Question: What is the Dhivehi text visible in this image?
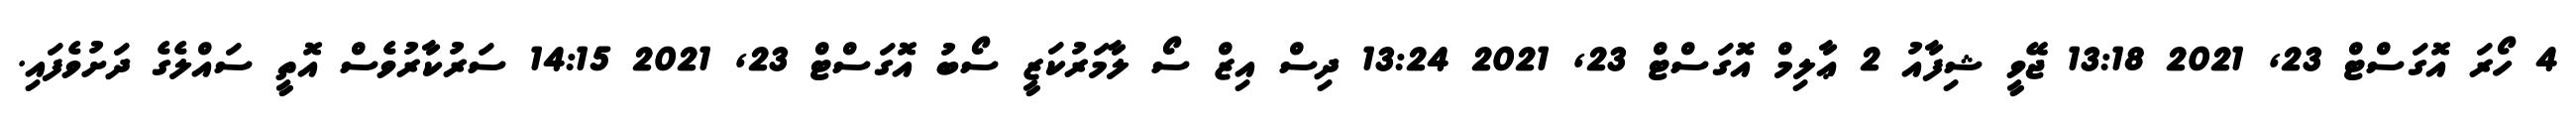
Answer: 4 ހޯރަ އޮގަސްޓް 23, 2021 13:18 ޖޭވީ ޝިފާއު 2 ޢާލިމް އޮގަސްޓް 23, 2021 13:24 ދިސް އިޒް ސޯ ލާމަރުކަޒީ ސޯބު އޮގަސްޓް 23, 2021 14:15 ސަރުކާރުވެސް އޮތީ ސައްލެގެ ދަށުވެފައި.